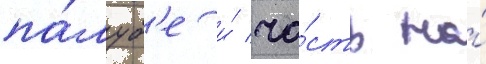
па́луб'е и́ ча́сть на́